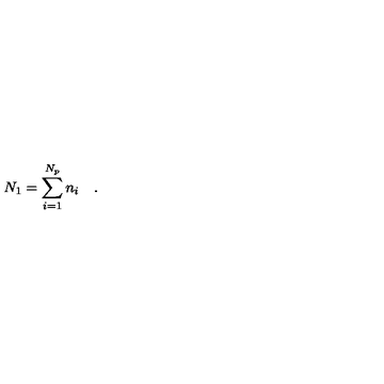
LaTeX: N _ { 1 } = \sum _ { i = 1 } ^ { N _ { p } } n _ { i } \quad .